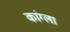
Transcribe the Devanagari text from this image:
कांग्ला